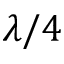
\lambda / 4